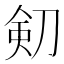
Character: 𠝏